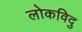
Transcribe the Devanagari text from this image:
लोकविदु